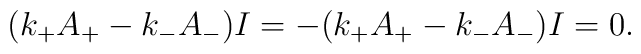
(k_+ A_+  -  k_- A_- ) I = -(k_+ A_+ - k_- A_- ) I = 0.\nonumber